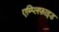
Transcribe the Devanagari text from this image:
एम्प्लिफ़ाइड